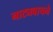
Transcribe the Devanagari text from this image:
नाट्यवाचने